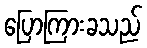
ပြောကြားခသည်